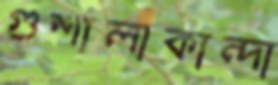
গুশালাকান্দা